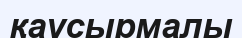
қаусырмалы